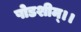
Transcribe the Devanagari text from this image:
षोडशीम्।।